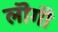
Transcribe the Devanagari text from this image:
लॊगॊ